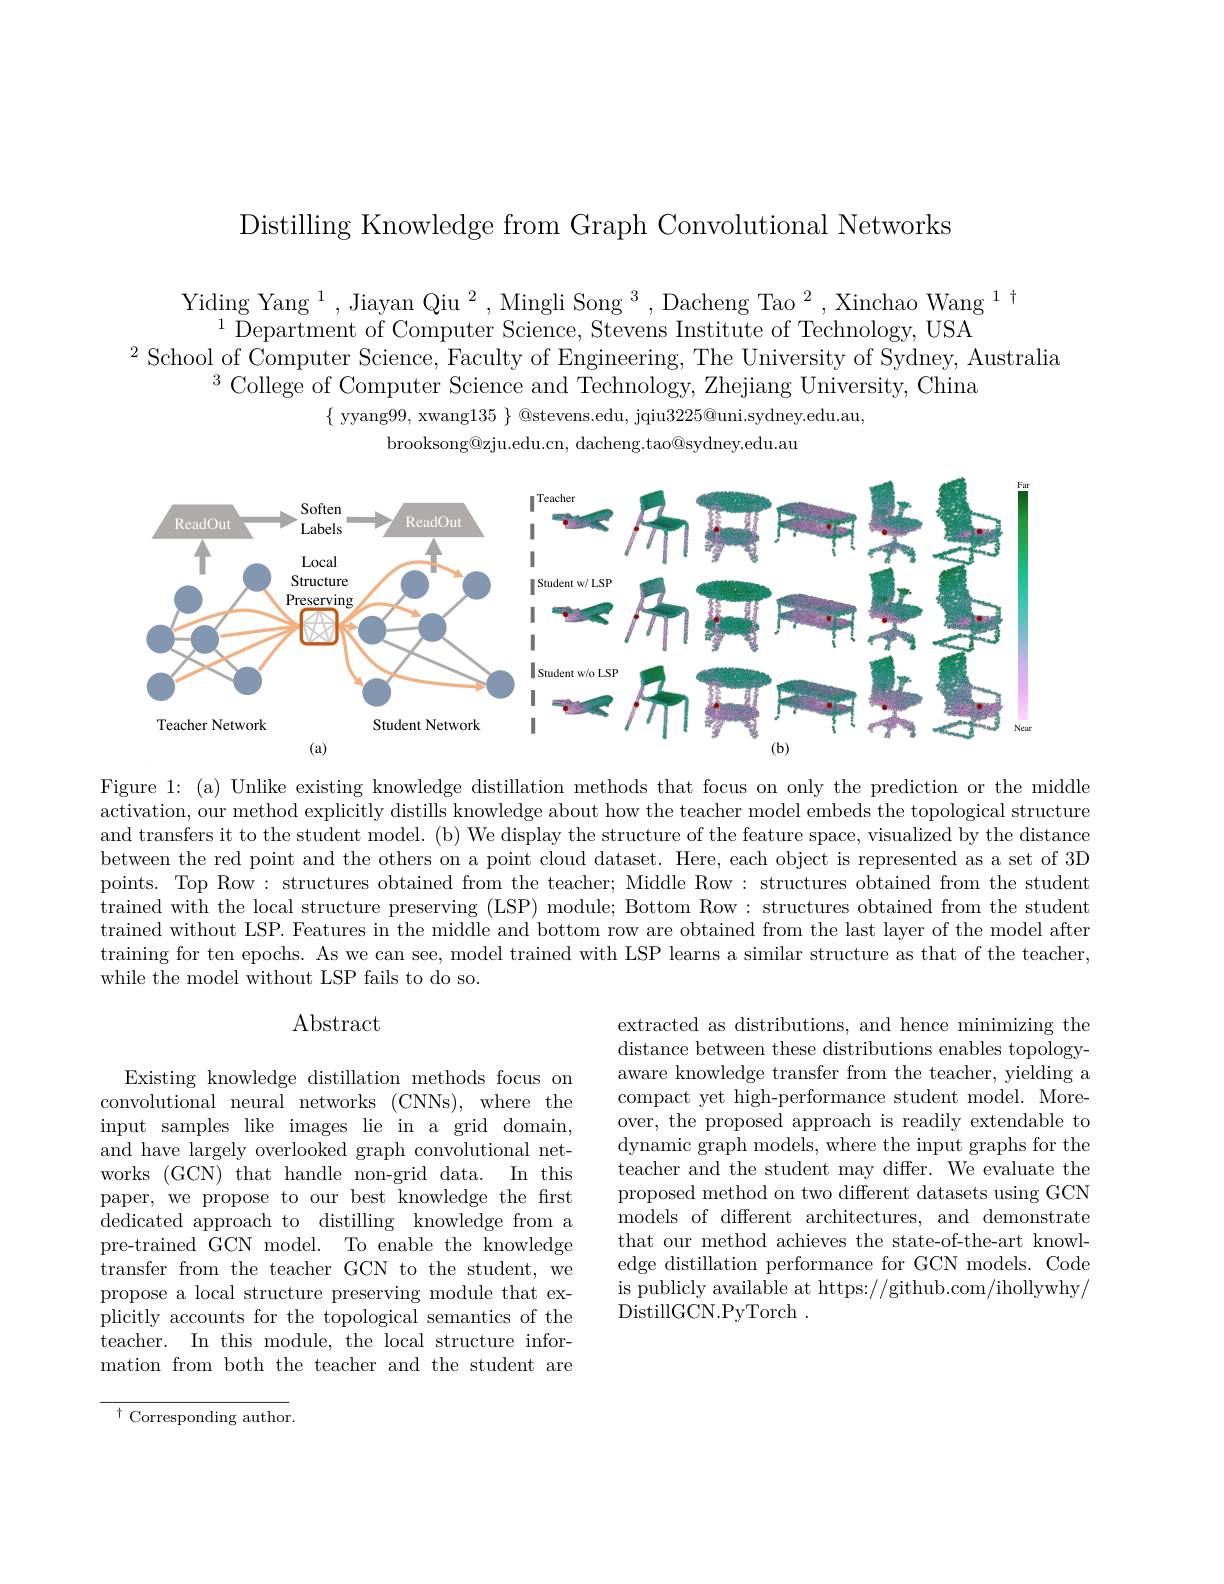
Distilling Knowledge from Graph Convolutional Networks

Yiding Yang $^1$, Jiayan Qiu
$^{1}$Department of Computer
$^{2}$School of Computer Science, Faculty of Engineering, The University of Sydney, Australia
$^{3}{\text{College of Computer Science and Technology, Zhejiang University, China}}$
$\{$ yyang99, xwang$135\}$ @
brooksong@zju.edu.cn, dacheng.tao@sydney.edu.au

<FigureHere>

Figure 1: (a) Unlike existin activation, our method expli and transfers it to the student model. (b) We display the structure of the feature space, visualized by the distance between the red point and th points. Top Row: structures obtained from the teacher; Middle Row: structures obtained from the student trained with the local struc trained without LSP. Features in the middle and bottom row are obtained from the last layer of the model after training for ten epochs. As we can see, model trained with LSP learns a similar structure as that of the teacher, while the model without LSP fails to do so.

# $\operatorname{Abstract}$

extracted as distributions, and hence minimizing the distance between these distributions enables topologyaware knowledge transfer from the teacher, yielding a compact yet high-performance student model. Moreover, the proposed approach is readily extendable to dynamic graph models, where the input graphs for the teacher and the student may differ. We evaluate the proposed method on two different datasets using GCN models of different architectures, and demonstrate that our method achieves the state-of-the-art knowledge distillation performance for GCN models. Code is publicly available at https://github.com/ihollywhy/ DistillGCN.PyTorch .

Existing knowledge distillation methods focus on convolutional neural networks (CNNs), where the input samples like images lie in a grid domain, and have largely overlooked graph convolutional networks (GCN) that handle non-grid data. In this paper, we propose to our best knowledge the first dedicated approach to distilling knowledge from a pre-trained GCN model. To enable the knowledge transfer from the teacher GCN to the student, we propose a local structure preserving module that explicitly accounts for the topological semantics of the teacher. In this module, the local structure information from both the teacher and the student are

${{\overline{{^{\dagger}\text{Corresponding author}}}}}.$